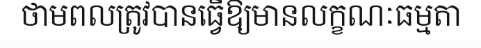
ថាមពលត្រូវបានធ្វើឱ្យមានលក្ខណៈធម្មតា